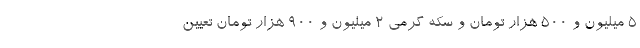
5 میلیون و 500 هزار تومان و سکه گرمی 2 میلیون و 900 هزار تومان تعیین